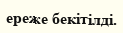
ереже бекітілді.